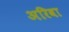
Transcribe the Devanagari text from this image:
अरिवा